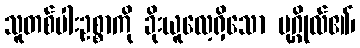
သူတစ်ပါးဥစ္စာကို ခိုးယူလေ့ရှိသော ပုဂ္ဂိုလ်၏၊